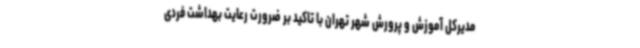
مدیرکل آموزش و پرورش شهر تهران با تاکید بر ضرورت رعایت بهداشت فردی